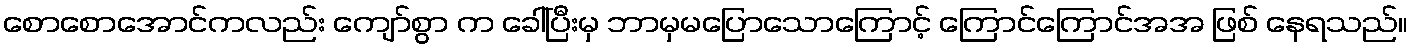
စောစောအောင်ကလည်း ကျော်စွာ က ခေါ်ပြီးမှ ဘာမှမပြောသောကြောင့် ကြောင်ကြောင်အအ ဖြစ် နေရသည်။